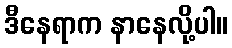
ဒီနေရာက နာနေလို့ပါ။